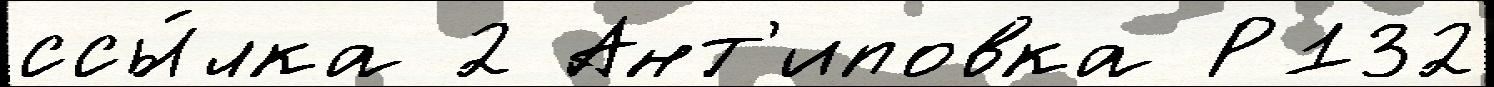
ссы́лка 2 Ант'иповка Р132